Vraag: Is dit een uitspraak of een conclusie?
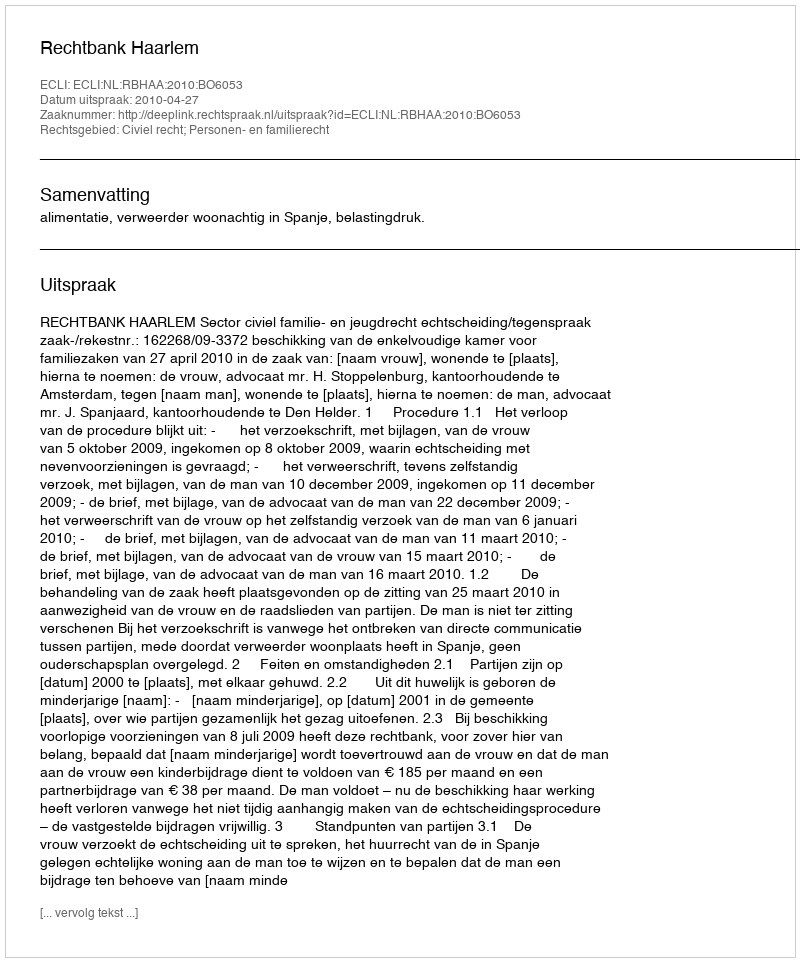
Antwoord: Uitspraak